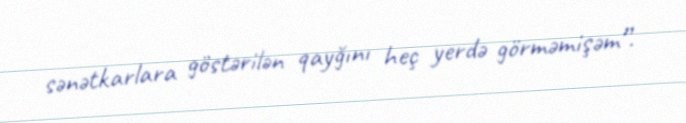
sənətkarlara göstərilən qayğını heç yerdə görməmişəm”.